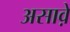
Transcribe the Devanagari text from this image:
असाव़े